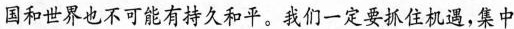
互作用的战略高度看待中国坚持走和平发展道路的问题，强